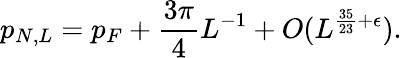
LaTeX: p_{N,L}=p_{F}+\frac{3\pi}{4}L^{-1}+O(L^{\frac{35}{23}+\epsilon}).